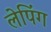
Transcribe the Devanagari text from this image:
लेपिंग